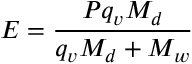
E = \frac { P q _ { v } M _ { d } } { q _ { v } M _ { d } + M _ { w } }